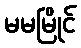
မမမြိုင်